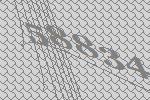
58834